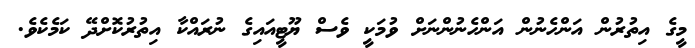
މީގެ އިތުރުން އަންހެނުން އަންހެނުންނަށް ވުމަކީ ވެސް ޔޫޓީއައިގެ ނުރައްކާ އިތުރުކޮށްދޭ ކަމެކެވެ.